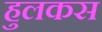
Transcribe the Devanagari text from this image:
हुलकस